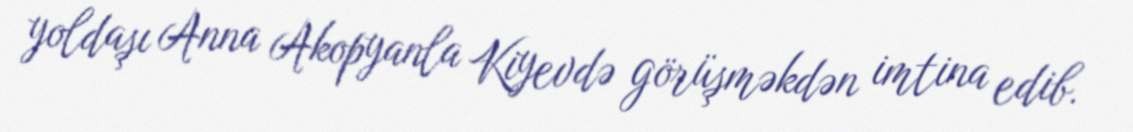
yoldaşı Anna Akopyanla Kiyevdə görüşməkdən imtina edib.